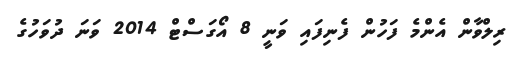
ރިލްވާން އެންމެ ފަހުން ފެނިފައި ވަނީ 8 އޯގަސްޓް 2014 ވަނަ ދުވަހުގެ